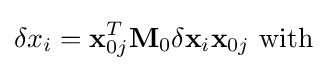
\delta x_{i}=\mathbf {x} _{0j}^{T}\mathbf {M} _{0}\delta \mathbf {x} _{i}\mathbf {x} _{0j}{\text{ with}}